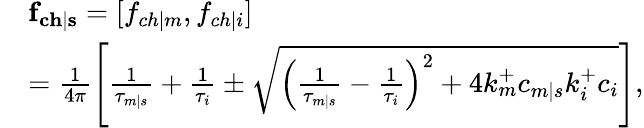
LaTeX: \begin{array}{rl}&{\mathbf{f_{ch|s}}=[f_{ch|m},f_{ch|i}]}\\ &{=\frac{1}{4\pi}\left[\frac{1}{\tau_{m|s}}+\frac{1}{\tau_{i}}\pm\sqrt{\left(\frac{1}{\tau_{m|s}}-\frac{1}{\tau_{i}}\right)^{2}+4k_{m}^{+}c_{m|s}k_{i}^{+}c_{i}}\right],}\end{array}